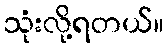
သုံးလို့ရတယ်။